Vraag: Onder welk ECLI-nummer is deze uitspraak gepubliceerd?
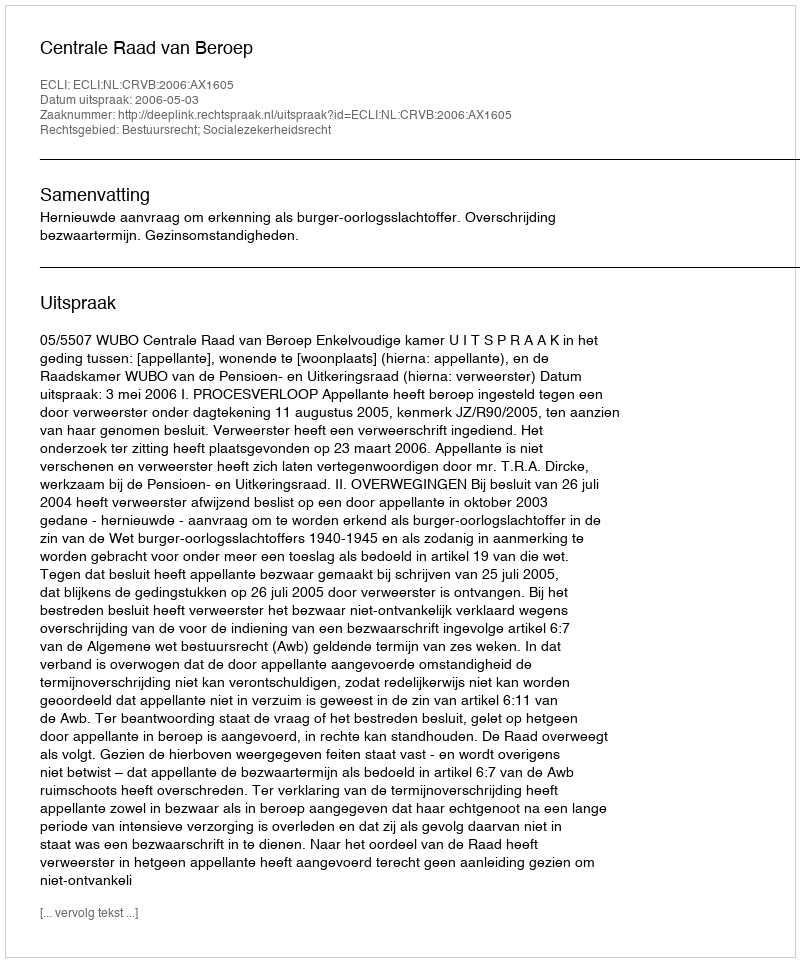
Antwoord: ECLI:NL:CRVB:2006:AX1605